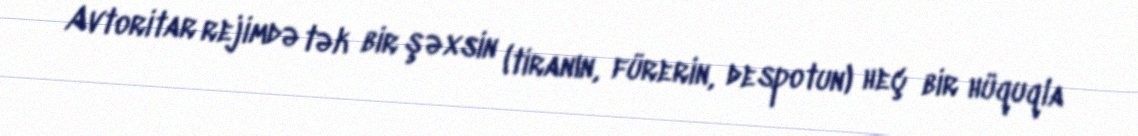
Avtoritar rejimdə tək bir şəxsin (tiranın, fürerin, despotun) heç bir hüquqla